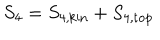
LaTeX: S _ { 4 } = S _ { 4 , \mathrm { k i n } } + S _ { 4 , \mathrm { t o p } }